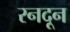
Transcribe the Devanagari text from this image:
रनदून